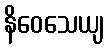
နိဝေသေယျ